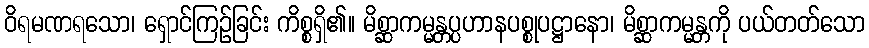
ဝိရမဏရသော၊ ရှောင်ကြဉ်ခြင်း ကိစ္စရှိ၏။ မိစ္ဆာကမ္မန္တပ္ပဟာနပစ္စုပဋ္ဌာနော၊ မိစ္ဆာကမ္မန္တကို ပယ်တတ်သော